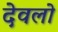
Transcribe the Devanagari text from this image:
देवलो